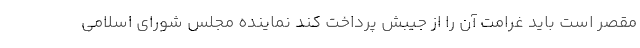
مقصر است باید غرامت آن را از جیبش پرداخت کند نماینده مجلس شورای اسلامی